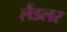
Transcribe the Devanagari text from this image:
लैंडलर